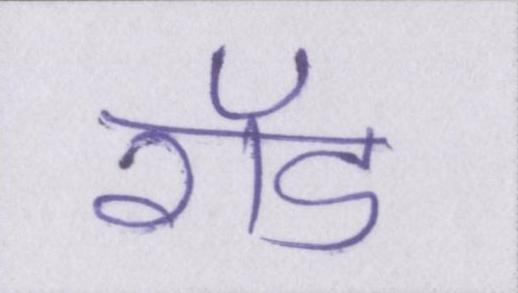
रॉड